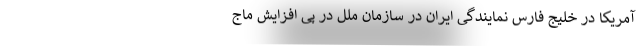
آمریکا در خلیج فارس نمایندگی ایران در سازمان ملل در پی افزایش ماج